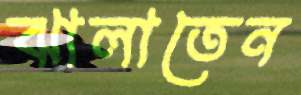
ঝালাতেন